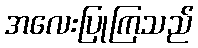
အလေးပြုကြသည်